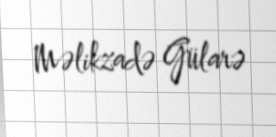
Məlikzadə Gülarə